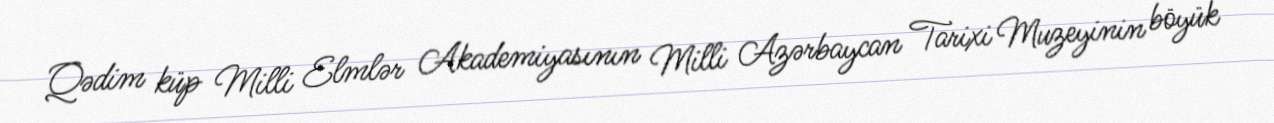
Qədim küp Milli Elmlər Akademiyasının Milli Azərbaycan Tarixi Muzeyinin böyük